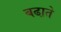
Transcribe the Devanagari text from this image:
बढा़ते